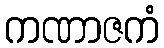
ကဏာဇကံ